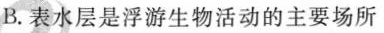
B.表水层是浮游生物活动的主要场所